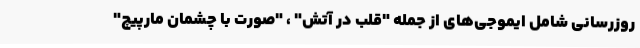
روزرسانی شامل ایموجی‌های از جمله "قلب در آتش" ، "صورت با چشمان مارپیچ"